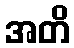
အတိ